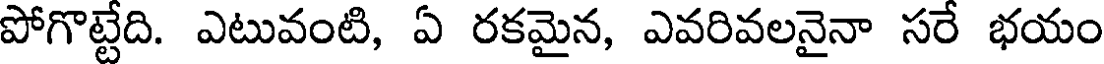
పోగొట్టేది. ఎటువంటి, ఏ రకమైన, ఎవరివలనైనా సరే భయం